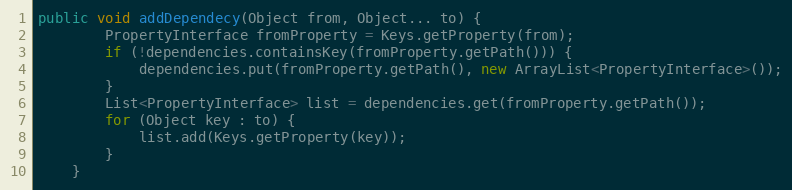
Language: Java
public void addDependecy(Object from, Object... to) {
		PropertyInterface fromProperty = Keys.getProperty(from);
		if (!dependencies.containsKey(fromProperty.getPath())) {
			dependencies.put(fromProperty.getPath(), new ArrayList<PropertyInterface>());
		}
		List<PropertyInterface> list = dependencies.get(fromProperty.getPath());
		for (Object key : to) {
			list.add(Keys.getProperty(key));
		}
	}